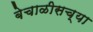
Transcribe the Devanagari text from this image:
बेचाळीसच्या